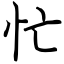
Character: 忙